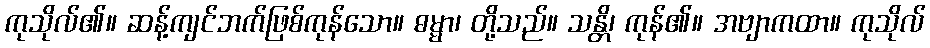
ကုသိုလ်၏။ ဆန့်ကျင်ဘက်ဖြစ်ကုန်သော။ ဓမ္မာ၊ တို့သည်။ သန္တိ၊ ကုန်၏။ အဗျာကထာ။ ကုသိုလ်